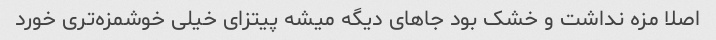
اصلا مزه نداشت و خشک بود جاهای دیگه میشه پیتزای خیلی خوشمزه‌تری خورد